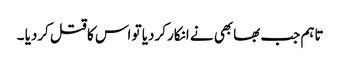
تاہم جب بھابھی نے انکار کردیا تو اس کا قتل کردیا ۔